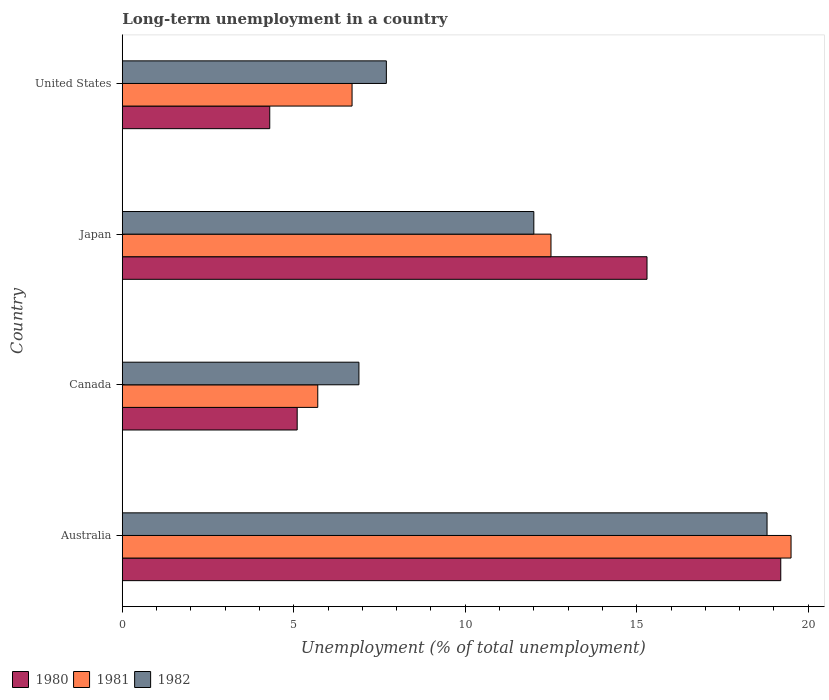
| Country | 1980 | 1981 | 1982 |
 | --- | --- | --- | --- |
 | Australia | 19.2 | 19.5 | 18.8 |
 | Canada | 5.1 | 5.7 | 6.9 |
 | Japan | 15.3 | 12.5 | 12 |
 | United States | 4.3 | 6.7 | 7.7 |